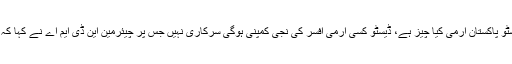
چیف جسٹس نے استفسار کیا کہ یہ ڈیسٹو پاکستان آرمی کیا چیز ہے، ڈیسٹو کسی آرمی افسر کی نجی کمپنی ہوگی سرکاری نہیں جس پر چیئرمین این ڈی ایم اے نے کہا کہ ڈیسٹو ایس پی ڈی کی ذیلی کمیٹی ہے۔